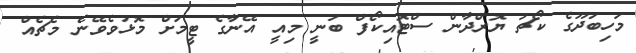
މަހިބަދޫގެ ކޯޗު ޔޮރްދާން ސްޓޮއިކޯފް ބުނީ މިއީ އޭނާގެ ޓީމަށް މޮޅުވެވޭނެ މެޗެއް